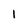
Character: l